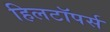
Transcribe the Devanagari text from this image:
हिलटॉपर्स